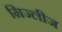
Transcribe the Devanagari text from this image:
ग्रिज्लीज